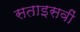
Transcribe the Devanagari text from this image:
सताइसवीं